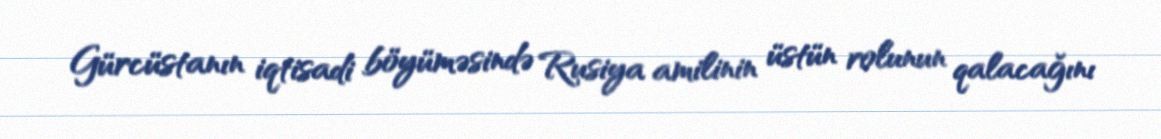
Gürcüstanın iqtisadi böyüməsində Rusiya amilinin üstün rolunun qalacağını